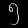
Digit: ၅